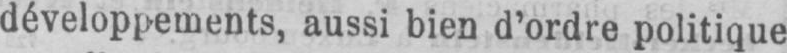
développements, aussi bien d’ordre politique